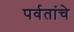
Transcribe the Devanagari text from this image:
पर्वतांचे